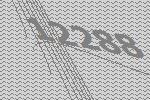
12288